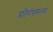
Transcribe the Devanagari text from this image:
प्रतिरोधसंभवतः